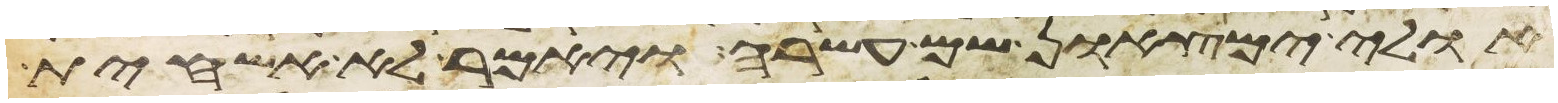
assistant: אולי ימצאון שם עשרה ויאמר לא אשחית